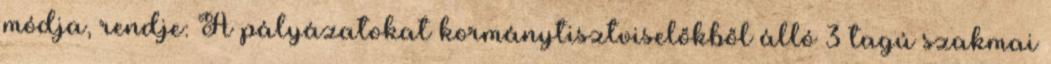
módja, rendje: A pályázatokat kormánytisztviselőkből álló 3 tagú szakmai